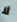
لا